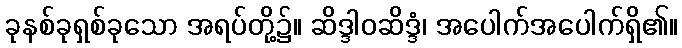
ခုနစ်ခုရှစ်ခုသော အရပ်တို့၌။ ဆိဒ္ဒါဝဆိဒ္ဒံ၊ အပေါက်အပေါက်ရှိ၏။